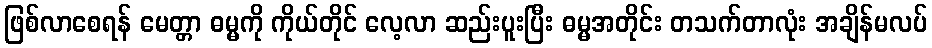
ဖြစ်လာစေရန် မေတ္တာ ဓမ္မကို ကိုယ်တိုင် လေ့လာ ဆည်းပူးပြီး ဓမ္မအတိုင်း တသက်တာလုံး အချိန်မလပ်